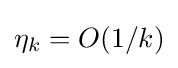
{\textstyle \eta _{k}=O(1/k)}